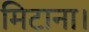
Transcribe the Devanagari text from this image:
मिटाना।